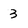
Character: 3